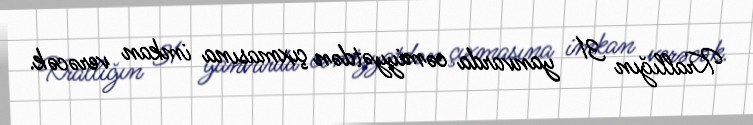
Krallığın 31 yanvarda cəmiyyətdən çıxmasına imkan verəcək.